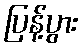
ပြန့်ပွား